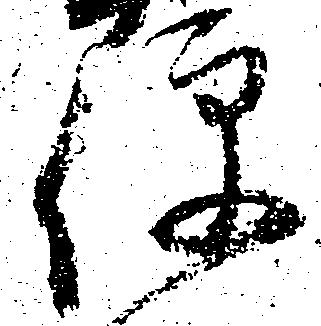
便